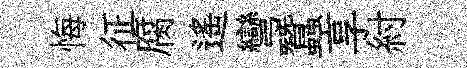
悔征腐遥彎蠶享紂